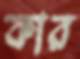
কার